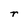
Character: r